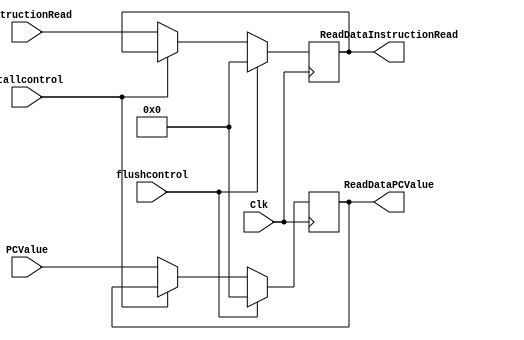
`timescale 1ns / 1ps

//Jennifer Nadolski / Joseph Emnett

module IFIDReg(PCValue, InstructionRead,Clk, ReadDataPCValue, ReadDataInstructionRead, flushcontrol, stallcontrol);

	input [31:0] PCValue, InstructionRead;
	input Clk;
	input stallcontrol, flushcontrol;
	output reg [31:0] ReadDataPCValue, ReadDataInstructionRead;
	
	    always @(posedge Clk) begin
        
        if(flushcontrol == 1'b1)begin
            ReadDataPCValue <= 0; 
            ReadDataInstructionRead <= 0; 
        end 
        else if(stallcontrol == 1'b1) begin
            ReadDataPCValue <= ReadDataPCValue; 
            ReadDataInstructionRead <= ReadDataInstructionRead; 
        end
        else begin 
            ReadDataPCValue <= PCValue;
            ReadDataInstructionRead <= InstructionRead;
        end
   
    end
 

endmodule